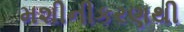
મશીનીકરણથી